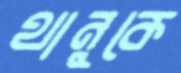
থানুকে